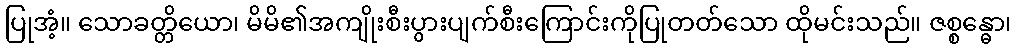
ပြုအံ့။ သောခတ္တိယော၊ မိမိ၏အကျိုးစီးပွားပျက်စီးကြောင်းကိုပြုတတ်သော ထိုမင်းသည်။ ဇစ္စန္ဓော၊